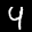
Label: 4